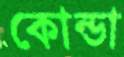
কোন্ডা